Alphabetical list of drugs, medicines and other preparations free from, and containing, spirit compiled from the results of tests made by the customs houses at Calcutta, Bombay, and Madras
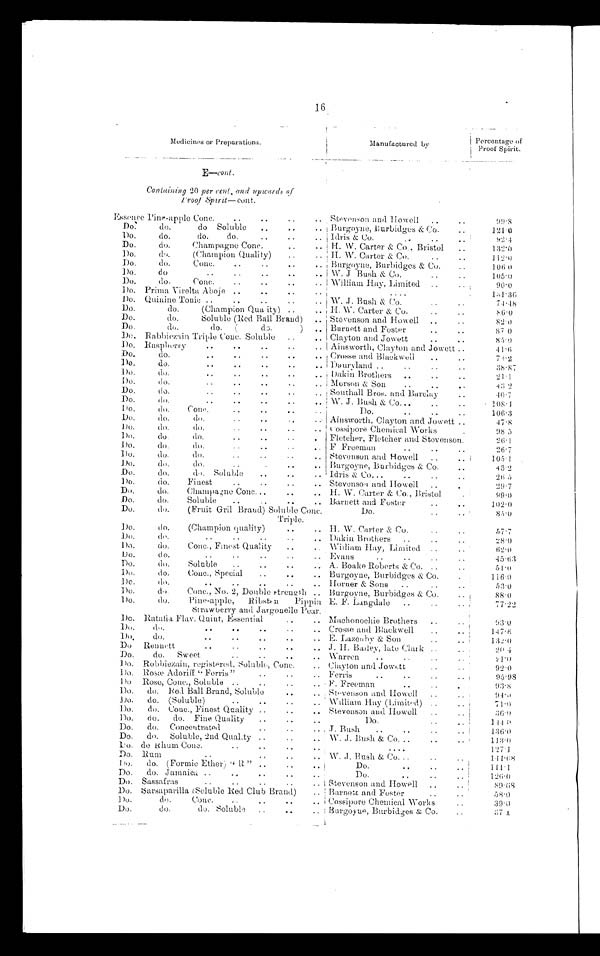
16
Medicines or Preparations.
Manufactured by
Percentage of
Proof Spirit.
E-cont.
Containing 20 per cent. and upwards of
Proof Spirit-cont.
Essence Pine-apple Conc.
..
..
..
.. Stevenson and. Howell
..
..
9 9 . 8
Do.
do.
do. S o l u b l e
. .
, Burgoyne, Burbidges & Co.
..
1 2 1 . 0
Do.
do.
do.
do.
..
..
.. Idris & Co.
..
..
..
92 . 4
Do.
do.
Champagne Conc.
..
.. H. W. Carter & Co., Bristol
..
Do.
do.
(Champion Quali ty)
..
.. H. W. Carter & CO.
..
. .
1 1 2 . 0
Do,
do.
Conc.
..
..
..
. t Burgoyne, Burbidges & Co.
..
106 0
Do.
do
..
..
..
..
.. W. J Bush & Co.
..
..
105.0
Do.
do.
Conc.
..
..
..
.. William Hay, Limited
..
.. .
90.0
Do. Prima Vivelta Aboje ..
..
..
....
1 8 1 . 3 6
Do. Quinine Tonic ..
..
..
..
.. W. J. Bush & Co.
..
..
74-18
Do.
do.
(Champion Quality) ..
.. H. W. Carter & Co.
..
..
Do.
do.
Soluble (Red Ball Brand)
.. Stevenson and. Howell
..
..
82.0
Do.
do.
do.
(
do.
)
.. Barnett and. Foster
..
, .
37 0
Do. Rabbiezain Triple Conc. Soluble
..
. . Clayton and Jowett
..
..
8 5 . 0
Do. Raspberry
. ..
.. ..
..
..
Ainsworth, Clayton and Jowett ..
4 1 . 6
Do.
do.
..
..
.. Crosse and Blackwell
..
..
78..2
Do.
do.
..
..
..
..
.. Douryland ..
..
..
..
38.87
Do.
do.
..
.
..
..
.. Dakin Brothers
..
..
..
21.1
Do.
do.
..
..
..
„
.. Morson & Son
. .
. .
. .
4 3 . 2
Do.
do.
..
..
. . . . Southall Bros. and Barclay
..
4 0 . 7
Do.
do.
..
..
..
..
.. W. J. Bush & Co...
..
..
. 108.1
Do.
do.
Conc.
..
..
....
Do.
..
..
..
1063
Do.
do.
do.
..
..
. . Ainsworth, Clayton and Jowett ..
47.8
Do.
do.
do.
..
..
..
.. Cossipore Chemical Works
.
98 5
Do.
do.
do.
..
..
..
.
Fletcher, Fletcher and Stevenson.
26.1
Do.
do.
do.
..
..
..
.. F Freeman
..
..
..
26.7
Do.
do.
do.
. .
. .
. . Stevenson and H owell
.. ..
105.1
Do.
do.
do.
..
..
.. Burgoyne, Burbidges & Co.
..
43.2
Do.
do.
do Soluble
..
.. Idris & Co...
..
..
..
26
Do.
do.
Finest
..
..
..
.. Stevensoa and Howell
..
..
29-7
Do.
do.
Champagne Conc...
..
.. H. W. Carter & Co., Bristol
.
99.0
Do.
do.
Soluble
..
..
..
. . Barnett and Foster
..
. ..
102.0
Do.
do.
(Fruit Gril Brand) Soluble Conc.
Triple.
Do.
..
..
85.0
Do.
do.
(Champion quality)
..
.. IT. W. Carter & Co.
..
..
57.7
Do.
do.
..
..
..
..
.. . Dakin. Brothers
..
. . . .
28 . 0
Do.
do.
Conc., Finest Quality
..
.. ' William Hay, Limited
..
.
62-0
Do.
do.
..
..
..
..
.. Evans
..
..
..
..
4 5 . 6 3
Do.
do.
Soluble
..
..
..
.. A. Boake Roberts & Co. . .
. .
51•0
Do.
do.
()one., Special
..
..
.. Burgoyne, Burbidges & Co.
.
116.0
Do.
do.
d o
.. .. .. ..
H orner & Sons
..
..
..
53.0
Do.
do.
Conc., No. 2, Double strength .. Burgoyne, Burbidges & Co.
..
88.0
Do.
do.
.Pine-apple,
Ribsten
Pippin
(Straw berry and Jargonelle Pear.
E. F. Langdale
..
..
..
77.22
Do. Ratatia Flav. Quint, Essential
..
.. Machonochie Brothers
..
..
93.0
Do.
do.
..
.. . .
. .
. .
. . Crosse and Blackwell
..
. .
1 4 7 . 6
Do . do.
. . . .
. .
. .
. . E. :Lazenby & Son
..
..
Do
Bennett
..
.. . . . J. E. Bailey, late Clark . .
0
2 0 . 4
Do.
do.
Sweet
..
..
..
.. .
2 1 . 0
Do. Robbiezain, registered., Soluble, Conc.
.. Clayton and Jowett
..
.. ..
92.0
Do. Rosæ Rosæ " Ferris"..
.. Ferris
. .
. .
. .
. .
95.98
Do.
Rose, Conc., Soluble ..
..
.. . .
. . F. Freeman
. ..
..
. .
9:3'8
Do.
do. Red Ball Brand, Soluble
..
.. Stevenson and Howell
..
..
94.0
Do.
do. (Soluble)
. . . .
. .
. .
. . William Hay (Limit-d) ..
..
7 1 . 0
Do.
do. Conc., Finest Quality ..
.. Stevenson and. Howell
..
36.0
Do.
do.
do. Fine Quality
..
..
..
Do.
..
.. .. 144.0
. . . .
Do.
do.
Concentrated. .
.. , J. Bush
..
..
..
..
136.0
Do.
do.
Soluble, 2nd Quality ..
..
.. W. J. Bush & Co. ..
.. ..
.. ..
1 1 3 . 0
Do. deRhum Conc.
..
..
..
..
. . . . . . .
127 •1
Do. Rum
..
..
.. . .
. . . W. .1. Bush & Co...
..
144.68
Do.
do. (Formic Ether) "R" ..
..
. . •
Do.
..
.. .. . . . .
1111
Do.
do. Jamaica ..
..
.. . .
. . .
. .
Do.
.. .
..
..
1 2 6 . 0
Do. Sassafras
..
..
.. .. L Stevenson and. Howell
. ..
89-OS
Do. Sarsaparilla ( SolubleRed Club Brand)
.. Barnett and Foster
.. ..
..
53.0
Do.
do.
Conc.
..
..
..
.. Cossipore Chemical Works
..
39.4
Do.
do.
do. Soluble
..
. . . . Burgoyne, Burbidges & Co.
..
3 7 . 4